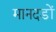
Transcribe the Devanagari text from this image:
मानदडों